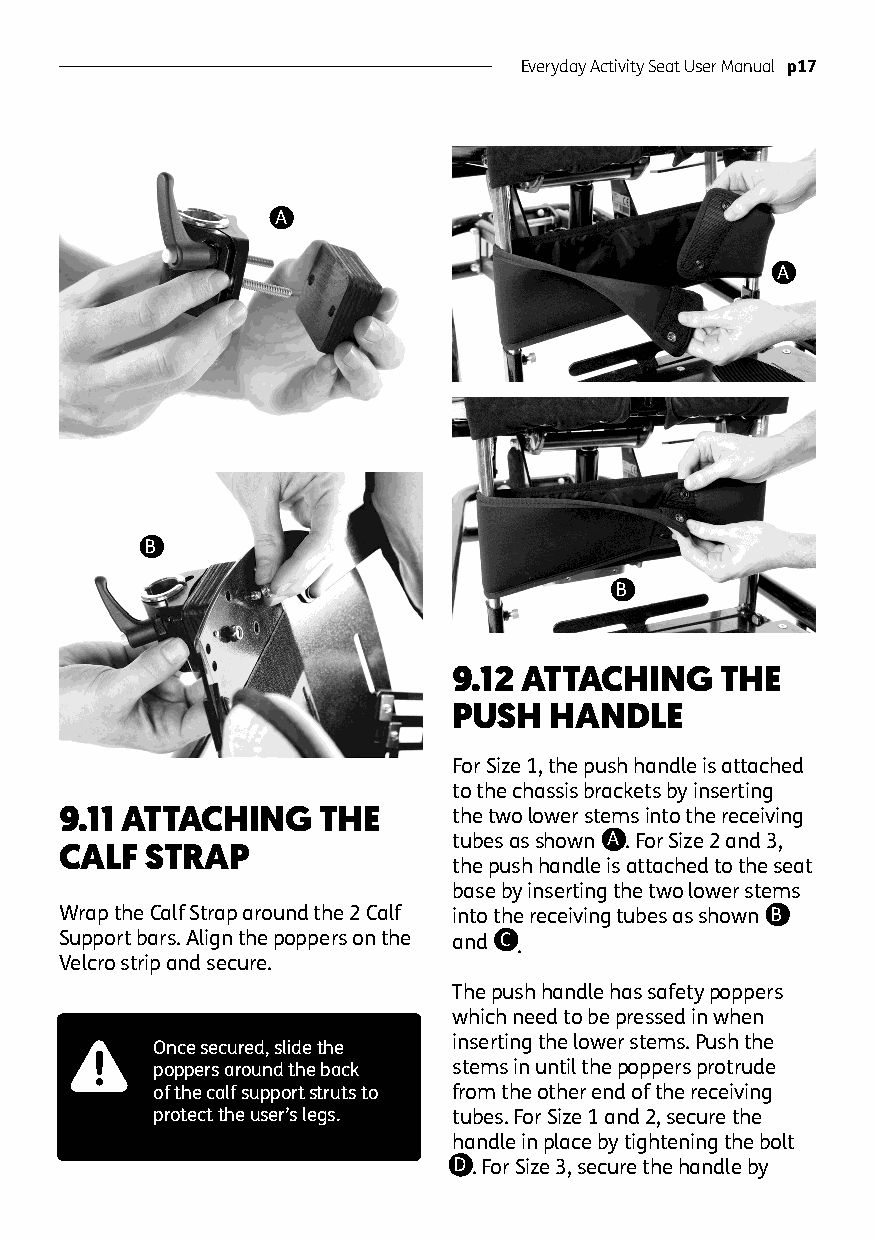
Everyday Activity Seat User Manual p17
 A
 A
 B
 B
 9.12 ATTACHING    THE
 PUSH  HANDLE
 For Size 1, the push handle is attached
 to the chassis brackets by inserting
 9.11 ATTACHING   THE      the two lower stems into the receiving
 tubes as shown A . For Size 2 and 3,
 CALF  STRAP
 the push handle is attached to the seat
 base by inserting the two lower stems
 Wrap the Calf Strap around the 2 Calf into the receiving tubes as shown B
 Support bars. Align the poppers on the and C .
 Velcro strip and secure.
 The push handle has safety poppers
 which need to be pressed in when
 inserting the lower stems. Push the
 Once secured, slide the
 poppers around the back stems in until the poppers protrude
 of the calf support struts to from the other end of the receiving
 protect the user’s legs. tubes. For Size 1 and 2, secure the
 handle in place by tightening the bolt
 D . For Size 3, secure the handle by